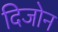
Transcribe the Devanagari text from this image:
दिजोन